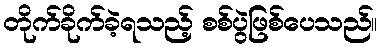
တိုက်ခိုက်ခဲ့ရသည့် စစ်ပွဲဖြစ်ပေသည်။